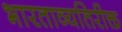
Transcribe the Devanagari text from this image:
भारताव्यतिरीक्त